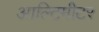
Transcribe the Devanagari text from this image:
आल्टिमीटर